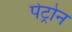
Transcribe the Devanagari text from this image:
पेट्रोन